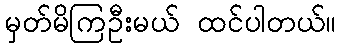
မှတ်မိကြဦးမယ် ထင်ပါတယ်။